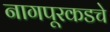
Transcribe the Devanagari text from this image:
नागपूरकडचे